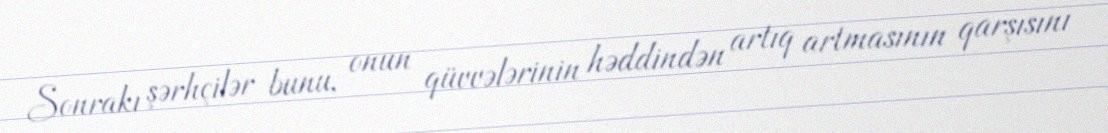
Sonrakı şərhçilər bunu, onun qüvvələrinin həddindən artıq artmasının qarşısını